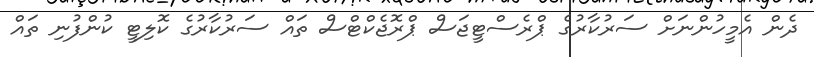
ދެން އެމީހުންނަށް ސަރުކާރުގެ ޕްރެސްޓީޖަސް ޕްރޮޖެކްޓްސް ތައްް ސަރުކާރުގެ ކޮލިޓީ ކުންފުނި ތައް